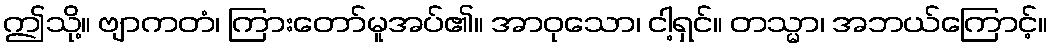
ဤသို့။ ဗျာကတံ၊ ကြားတော်မူအပ်၏။ အာဝုသော၊ ငါ့ရှင်။ တသ္မာ၊ အဘယ်ကြောင့်။